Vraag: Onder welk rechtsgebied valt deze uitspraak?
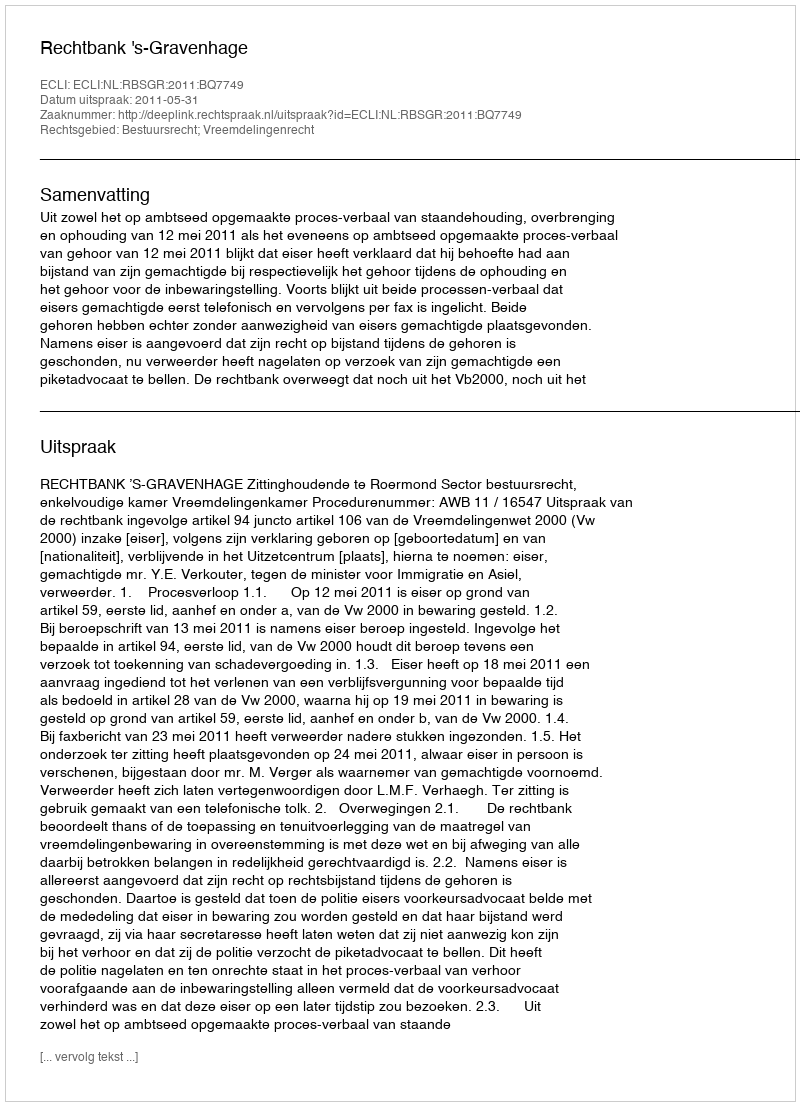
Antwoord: Bestuursrecht; Vreemdelingenrecht